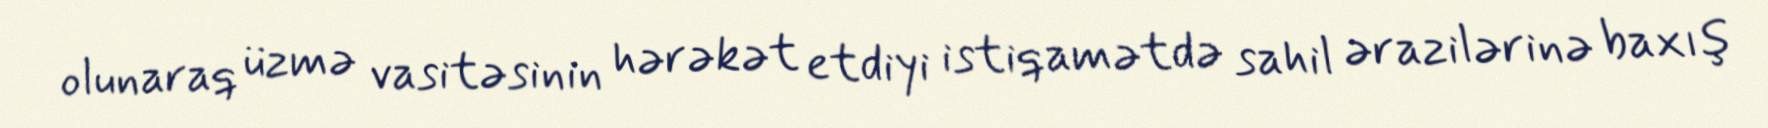
olunaraq üzmə vasitəsinin hərəkət etdiyi istiqamətdə sahil ərazilərinə baxış